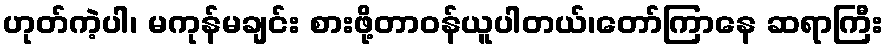
ဟုတ်ကဲ့ပါ၊ မကုန်မချင်း စားဖို့တာဝန်ယူပါတယ်၊တော်ကြာနေ ဆရာကြီး